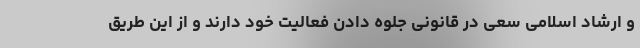
و ارشاد اسلامی سعی در قانونی جلوه دادن فعالیت خود دارند و از این طریق